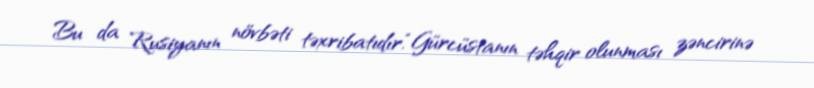
Bu da Rusiyanın növbəti təxribatıdır.“Gürcüstanın təhqir olunması zəncirinə